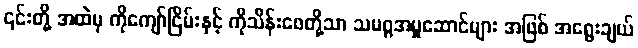
၎င်းတို့ အထဲမှ ကိုကျော်ငြိမ်းနှင့် ကိုသိန်းဖေတို့သာ သမဂ္ဂအမှုဆောင်များ အဖြစ် အရွေးချယ်